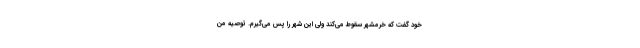
خود گفت که خرمشهر سقوط می‌کند ولی این شهر را پس می‌گیرم. توصیه من